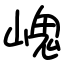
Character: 㟴